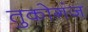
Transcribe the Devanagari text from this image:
तुकोगंज